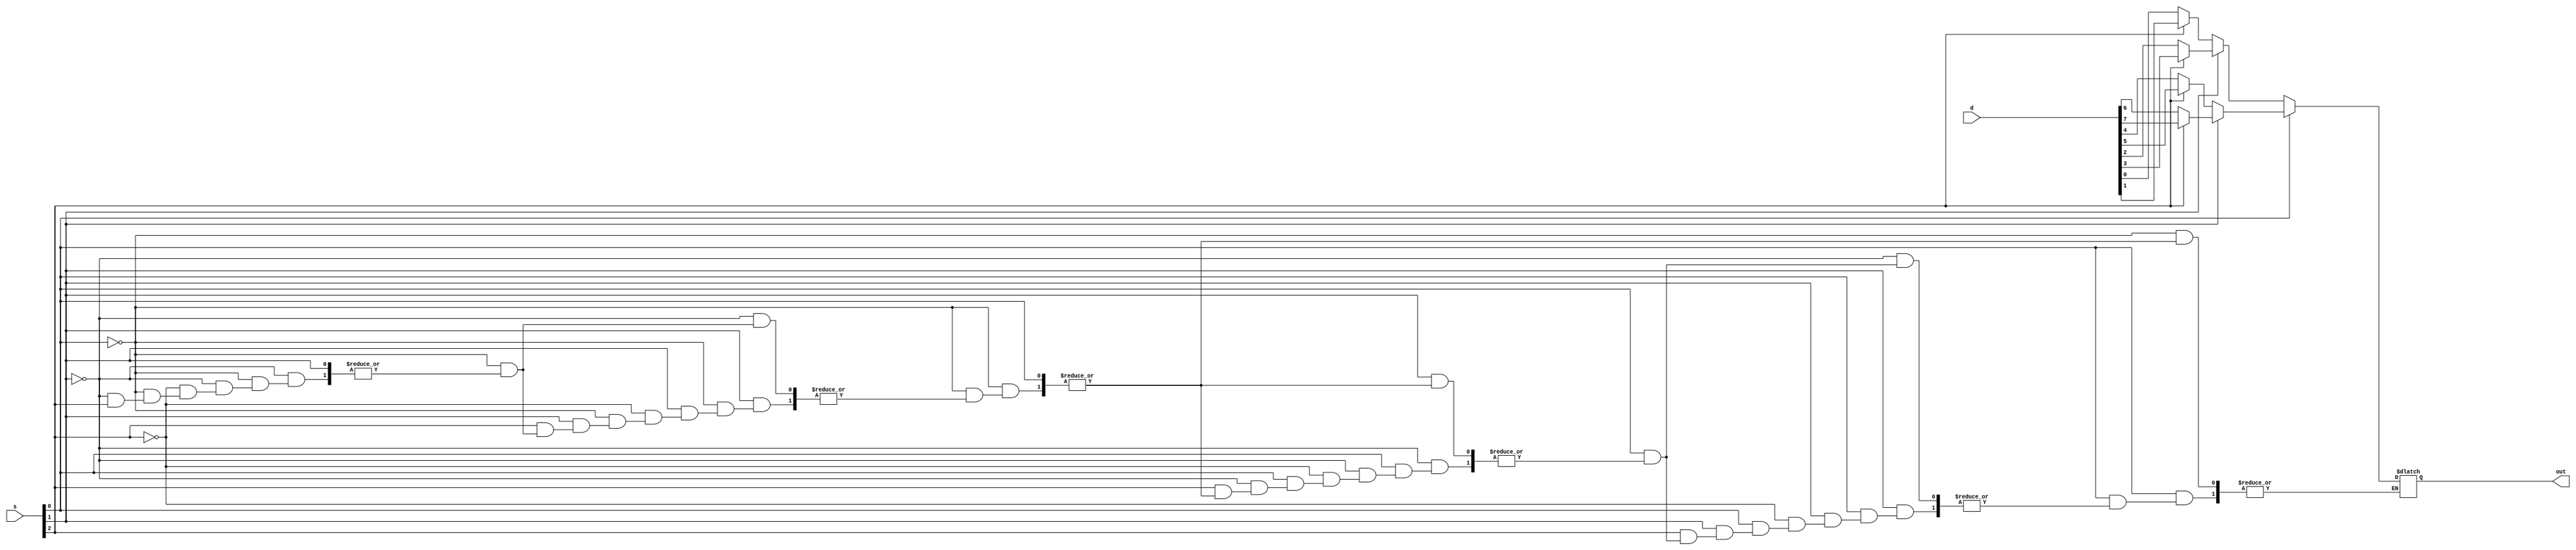
module mux8b(s,d,out);

input [7:0] d;
input [2:0] s;
output out;
reg out;
always @(s,d)
    begin
        if(s[0]==0)
            begin
            if(s[1]==0)
                begin
                if(s[2]==0)
                out = d[0];
                if(s[2]==1)
                out = d[1];
                end
            if(s[1]==1)
                begin
                if(s[2]==0)
                out = d[2];
                if(s[2]==1)
                out = d[3];
                end
            end
        if(s[0]==1)
            begin
            if(s[1]==0)
                begin
                if(s[2]==0)
                out = d[4];
                if(s[2]==1)
                out = d[5];
                end
            if(s[1]==1)
                begin
                if(s[2]==0)
                out = d[6];
                if(s[2]==1)
                out = d[7];
                end
            end
    end

endmodule